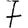
Digit: 7